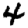
Digit: 4